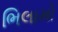
ભિલામો